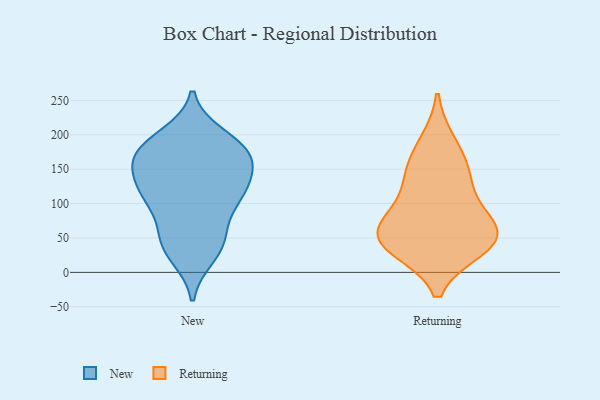
{"axis": {"x": "Humidity (%)", "y": "Value"}, "legend": ["New", "Returning"], "data": [{"x": "", "y": 171, "type": "New"}, {"x": "", "y": 115, "type": "New"}, {"x": "", "y": 117, "type": "New"}, {"x": "", "y": 31, "type": "New"}, {"x": "", "y": 128, "type": "New"}, {"x": "", "y": 49, "type": "New"}, {"x": "", "y": 46, "type": "New"}, {"x": "", "y": 107, "type": "New"}, {"x": "", "y": 198, "type": "New"}, {"x": "", "y": 157, "type": "New"}, {"x": "", "y": 24, "type": "New"}, {"x": "", "y": 184, "type": "New"}, {"x": "", "y": 108, "type": "New"}, {"x": "", "y": 193, "type": "New"}, {"x": "", "y": 171, "type": "New"}, {"x": "", "y": 62, "type": "New"}, {"x": "", "y": 108, "type": "New"}, {"x": "", "y": 164, "type": "New"}, {"x": "", "y": 149, "type": "New"}, {"x": "", "y": 170, "type": "New"}, {"x": "", "y": 36, "type": "Returning"}, {"x": "", "y": 52, "type": "Returning"}, {"x": "", "y": 76, "type": "Returning"}, {"x": "", "y": 59, "type": "Returning"}, {"x": "", "y": 103, "type": "Returning"}, {"x": "", "y": 44, "type": "Returning"}, {"x": "", "y": 188, "type": "Returning"}, {"x": "", "y": 145, "type": "Returning"}, {"x": "", "y": 146, "type": "Returning"}, {"x": "", "y": 44, "type": "Returning"}]}